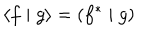
\left\langle f \mid g \right\rangle = \left( f ^ { * } \mid g \right)